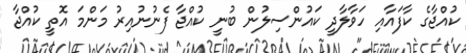
ކުއްޖާގެ ކާފައާއި ހަވާލާދީ ކައުންސިލުން ބުނީ ކުއްޖާ ފެނުނުއިރު މަންމަ އޮތީ ކުއްޖާ